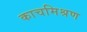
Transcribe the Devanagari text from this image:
काचमिश्रण